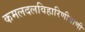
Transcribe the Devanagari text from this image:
कमलदलविहारिणीवाणी